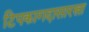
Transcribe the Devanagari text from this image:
टिपकागदासारखा